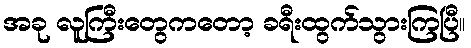
အခု လူကြီးတွေကတော့ ခရီးထွက်သွားကြပြီ။